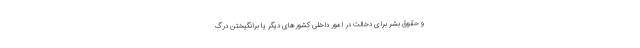
و حقوق بشر برای دخالت در امور داخلی کشورهای دیگر یا برانگیختن درگ